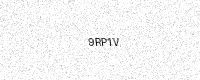
Text: 9RP1V